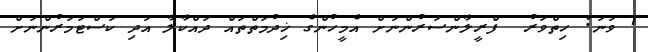
1 ވަނަ: ހިތްވަރު  ފްރީލާންސަރުންނަށް އެމީހުންގެ ޚިދުމަތްތައް ދައްކާލާ އަދި ކަސްޓަމަރުންނަށް